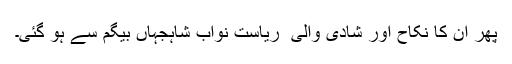
پھر ان کا نکاح اور شادی والی ٔ ریاست نواب شاہجہاں بیگم سے ہو گئی۔